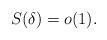
LaTeX: \begin{align*}S(\delta_{}) = o(1).\end{align*}